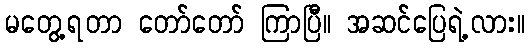
မတွေ့ရတာ တော်တော် ကြာပြီ။ အဆင်ပြေရဲ့လား။